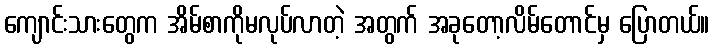
ကျောင်းသားတွေက အိမ်စာကိုမလုပ်လာတဲ့ အတွက် အခုတော့လိမ်တောင်မှ ပြောတယ်။